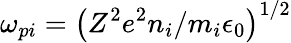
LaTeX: \omega_{pi}=\left(Z^{2}e^{2}n_{i}/m_{i}\epsilon_{0}\right)^{1/2}